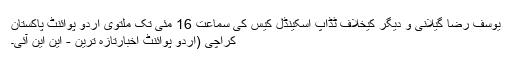
یوسف رضا گیلانی و دیگر کیخلاف ٹڈاپ اسکینڈل کیس کی سماعت 16 مئی تک ملتوی اُردو پوائنٹ پاکستان
ْکراچی (اُردو پوائنٹ اخبارتازہ ترین - این این آئی۔